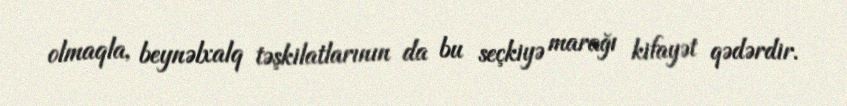
olmaqla, beynəlxalq təşkilatlarının da bu seçkiyə marağı kifayət qədərdir.